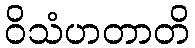
ဝိသံဟတာတိ